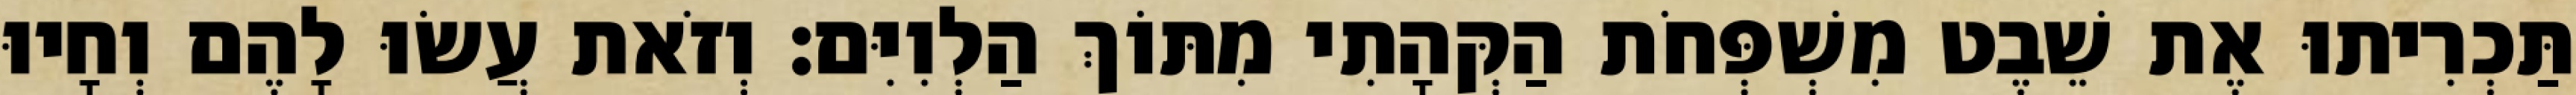
תַּכְרִיתוּ אֶת שֵׁבֶט מִשְׁפְּחֹת הַקְּהָתִי מִתּוֹךְ הַלְוִיִּם׃ וְזֹאת עֲשׂוּ לָהֶם וְחָיוּ